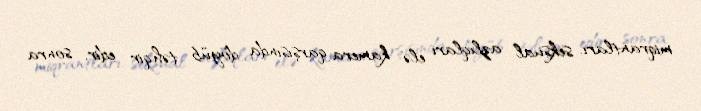
miqrantları, seksual azlıqları elə kamera qarşısında döyüb təhqir edir, sonra